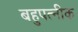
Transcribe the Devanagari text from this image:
बहुपत्‍नीक